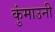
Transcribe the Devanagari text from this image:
कुंमाउनी